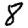
Digit: 8